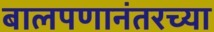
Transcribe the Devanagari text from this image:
बालपणानंतरच्या